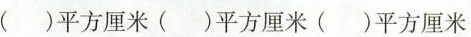
( )平方厘米( )平方厘米( )平方厘米